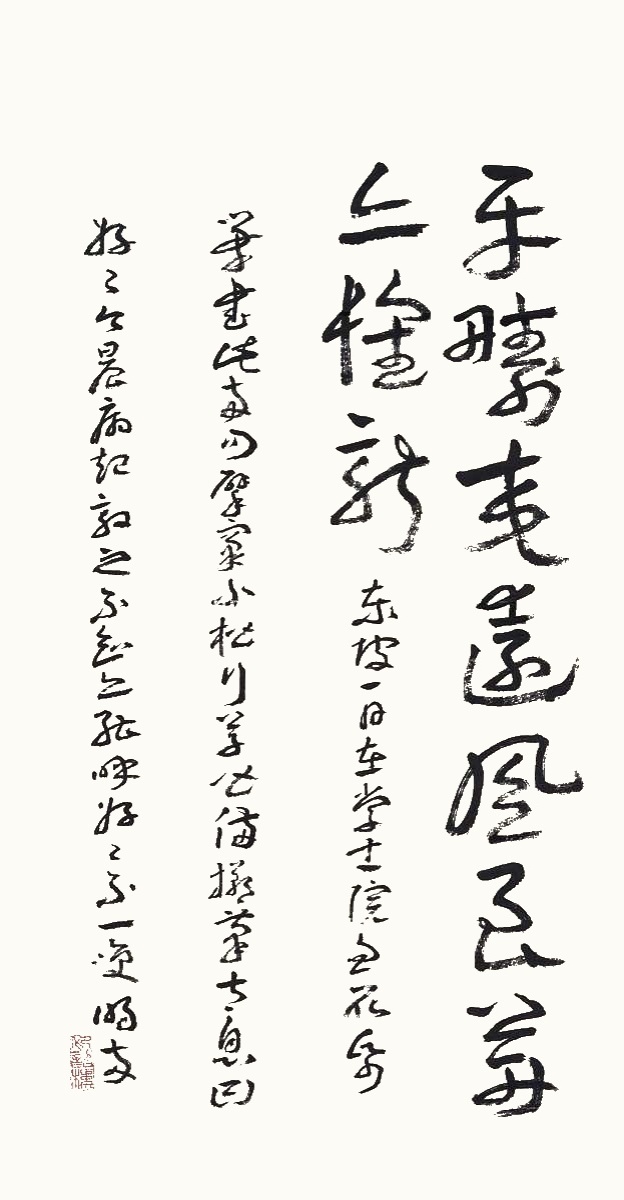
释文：平畴交远风，良苗亦怀新。东坡一日在学士院，忽取纸笔书此两句。擘窠、小楷、行草皆备，掷笔太息曰，好好。今晨病起敦之，不知亦能呼好好不，一笑。明两。